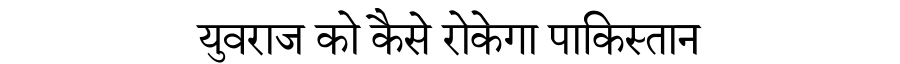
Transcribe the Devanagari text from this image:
युवराज को कैसे रोकेगा पाकिस्तान